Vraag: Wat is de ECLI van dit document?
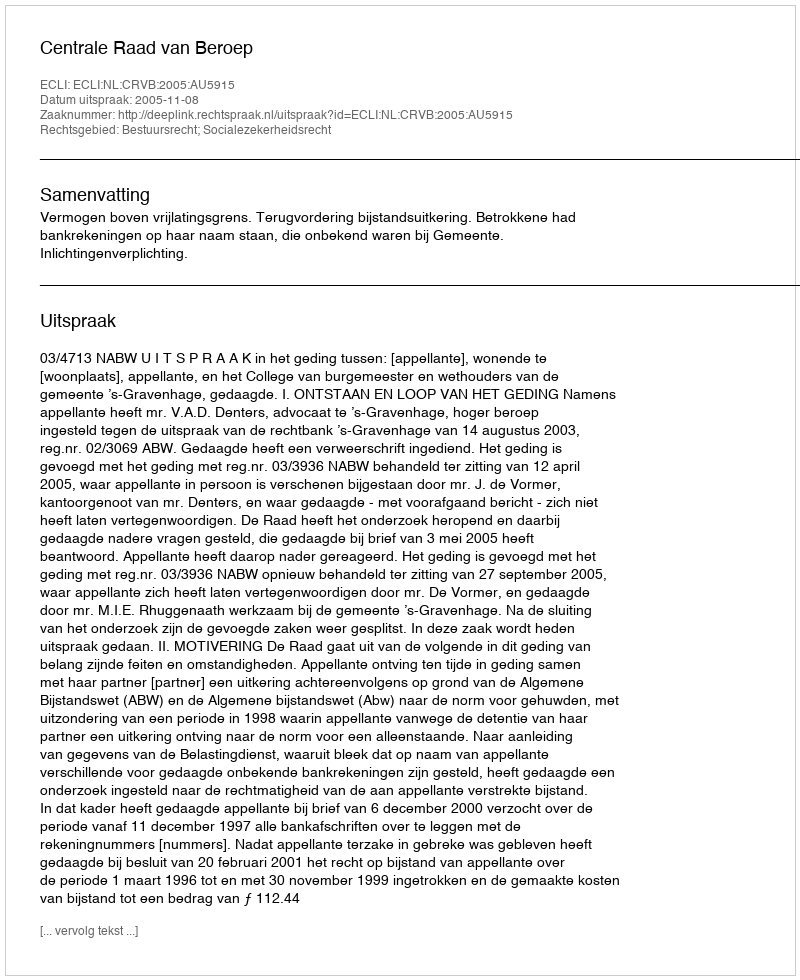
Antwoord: ECLI:NL:CRVB:2005:AU5915